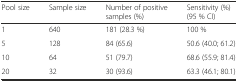
| Pool size | Sample size | Number of positive samples (%) | Sensitivity (%) (95 % CI) |
 | --- | --- | --- | --- |
 | 1 | 640 | 181 (28.3 %) | 100 % |
 | 5 | 128 | 84 (65.6) | 50.6 (40.0; 61.2) |
 | 10 | 64 | 51 (79.7) | 68.6 (55.9; 81.4) |
 | 20 | 32 | 30 (93.6) | 63.3 (46.1; 80.1) |